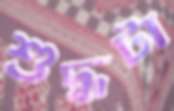
শুদ্ধটা